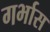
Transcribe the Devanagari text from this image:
गर्भास